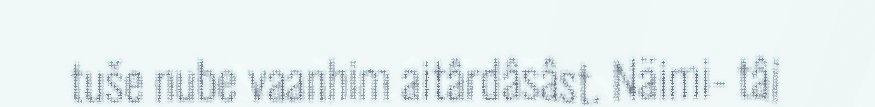
tuše nube vaanhim aitârdâsâst. Näimi- tâi